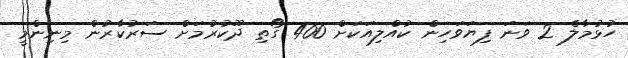
ހުޅުމާލެ 2 ވަނަ ފިޔަވަހިން ކުއްލިއަކަށް 400 ގޯތި ދޫކުރުމަށް ސަރުކާރުން މިނިންމީ